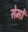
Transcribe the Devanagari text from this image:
सेमों